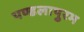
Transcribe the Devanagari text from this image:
पण्डलापुरम